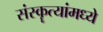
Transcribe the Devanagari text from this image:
संस्कॄत्यांमध्ये